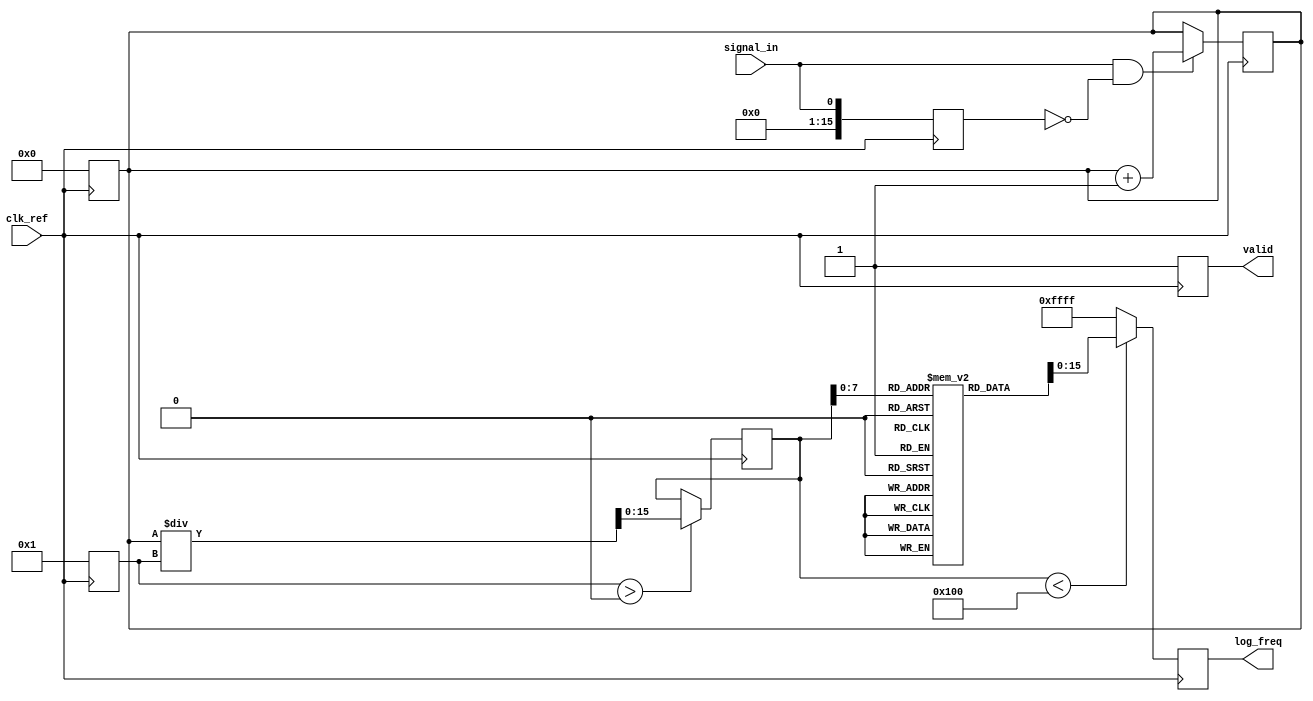
module log_frequency_detector (
    input wire clk_ref,         // Reference clock signal
    input wire signal_in,       // Input signal with arbitrary frequency
    output reg [15:0] log_freq, // Logarithm of the detected frequency
    output reg valid            // Valid flag
);
    reg [31:0] edge_count;      // Edge counter
    reg [15:0] frequency;       // Frequency value
    reg [15:0] count_prev;      // Previous value of the count for edge detection
    reg [31:0] time_period;     // Time period defined by reference clock cycles
    integer log_table [0:255];  // Logarithm lookup table for frequency values

    initial begin
        // Initialize the log table with log values
        // Populate the table with log values of integer frequencies; for example
        // log_table[0] = 0; log_table[1] = 0; // log(1) = 0
        // Populate others accordingly...
    end

    // Sampling unit and edge detector
    always @(posedge clk_ref) begin
        // Edge detection
        if (signal_in && !count_prev) begin
            edge_count <= edge_count + 1; // Count rising edges
        end
        count_prev <= signal_in; // Store previous value of the signal
    end

    // Counting logic - reset after a time period (one reference clock cycle)
    always @(posedge clk_ref) begin
        edge_count <= 0; // Reset edge count at every clock cycle
        // Assuming a fixed time period or you can set it based on requirements
        time_period <= 1; // Example: 1 time unit = 1 clock cycle
    end

    // Frequency calculation
    always @(posedge clk_ref) begin
        if (time_period > 0) begin // Prevent division by zero
            frequency <= edge_count / time_period; // Calculate frequency
        end
    end

    // Logarithmic conversion - using a lookup table
    always @(posedge clk_ref) begin
        if (frequency < 256) begin
            log_freq <= log_table[frequency]; // Get log value from table
        end else begin
            log_freq <= 16'hFFFF; // Out of range
        end
        
        valid <= 1; // Set valid flag when new data is available
    end
endmodule